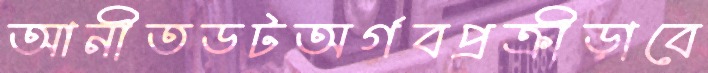
আনীতডটঅর্গবপ্রক্রীড়াবে